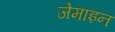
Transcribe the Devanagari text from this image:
जेमाइन